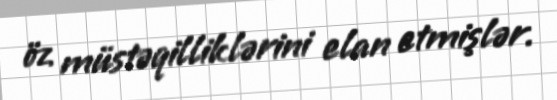
öz müstəqilliklərini elan etmişlər.